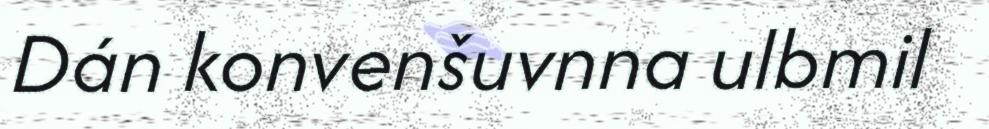
Dán konvenšuvnna ulbmil